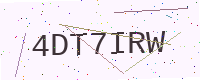
Text: 4DT7IRW